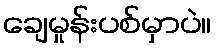
ချေမှုန်းပစ်မှာပဲ။